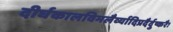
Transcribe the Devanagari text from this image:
दीर्घकालविमलैर्व्यादिप्रदैर्दुष्करैः